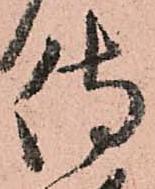
侍